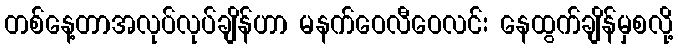
တစ်နေ့တာအလုပ်လုပ်ချိန်ဟာ မနက်ဝေလီဝေလင်း နေထွက်ချိန်မှစလို့